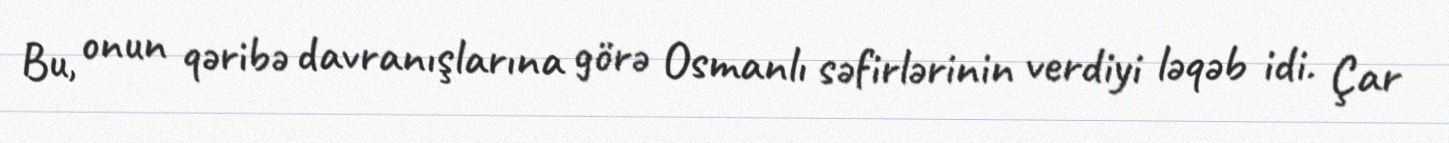
Bu, onun qəribə davranışlarına görə Osmanlı səfirlərinin verdiyi ləqəb idi. Çar